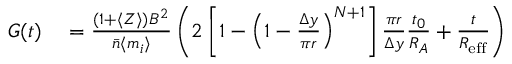
\begin{array} { r l } { G ( t ) } & { { } = \frac { ( 1 + \langle Z \rangle ) B ^ { 2 } } { \bar { n } \langle m _ { i } \rangle } \left( 2 \left[ 1 - \left( 1 - \frac { \Delta y } { \pi r } \right) ^ { N + 1 } \right] \frac { \pi r } { \Delta y } \frac { t _ { 0 } } { R _ { A } } + \frac { t } { R _ { \mathrm { e f f } } } \right) } \end{array}